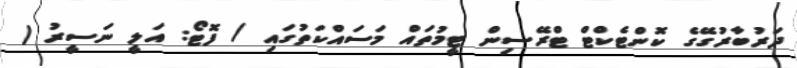
ދަރުބާރުގޭގެ ކޮންޓެކްޓް ޓްރޭސިން ޓީމުތައް މަސައްކަތުގައި / ފޮޓޯ: އަލީ ނަސީރު (